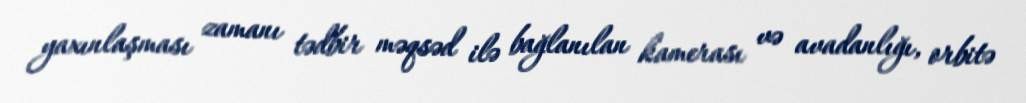
yaxınlaşması zamanı tədbir məqsəd ilə bağlanılan kamerası və avadanlığı, orbitə